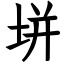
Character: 垪